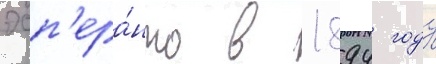
эсп'ера́нто в 1894 году